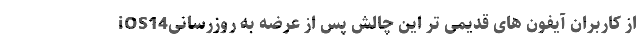
از کاربران آیفون های قدیمی تر این چالش پس از عرضه به روزرسانیiOS14